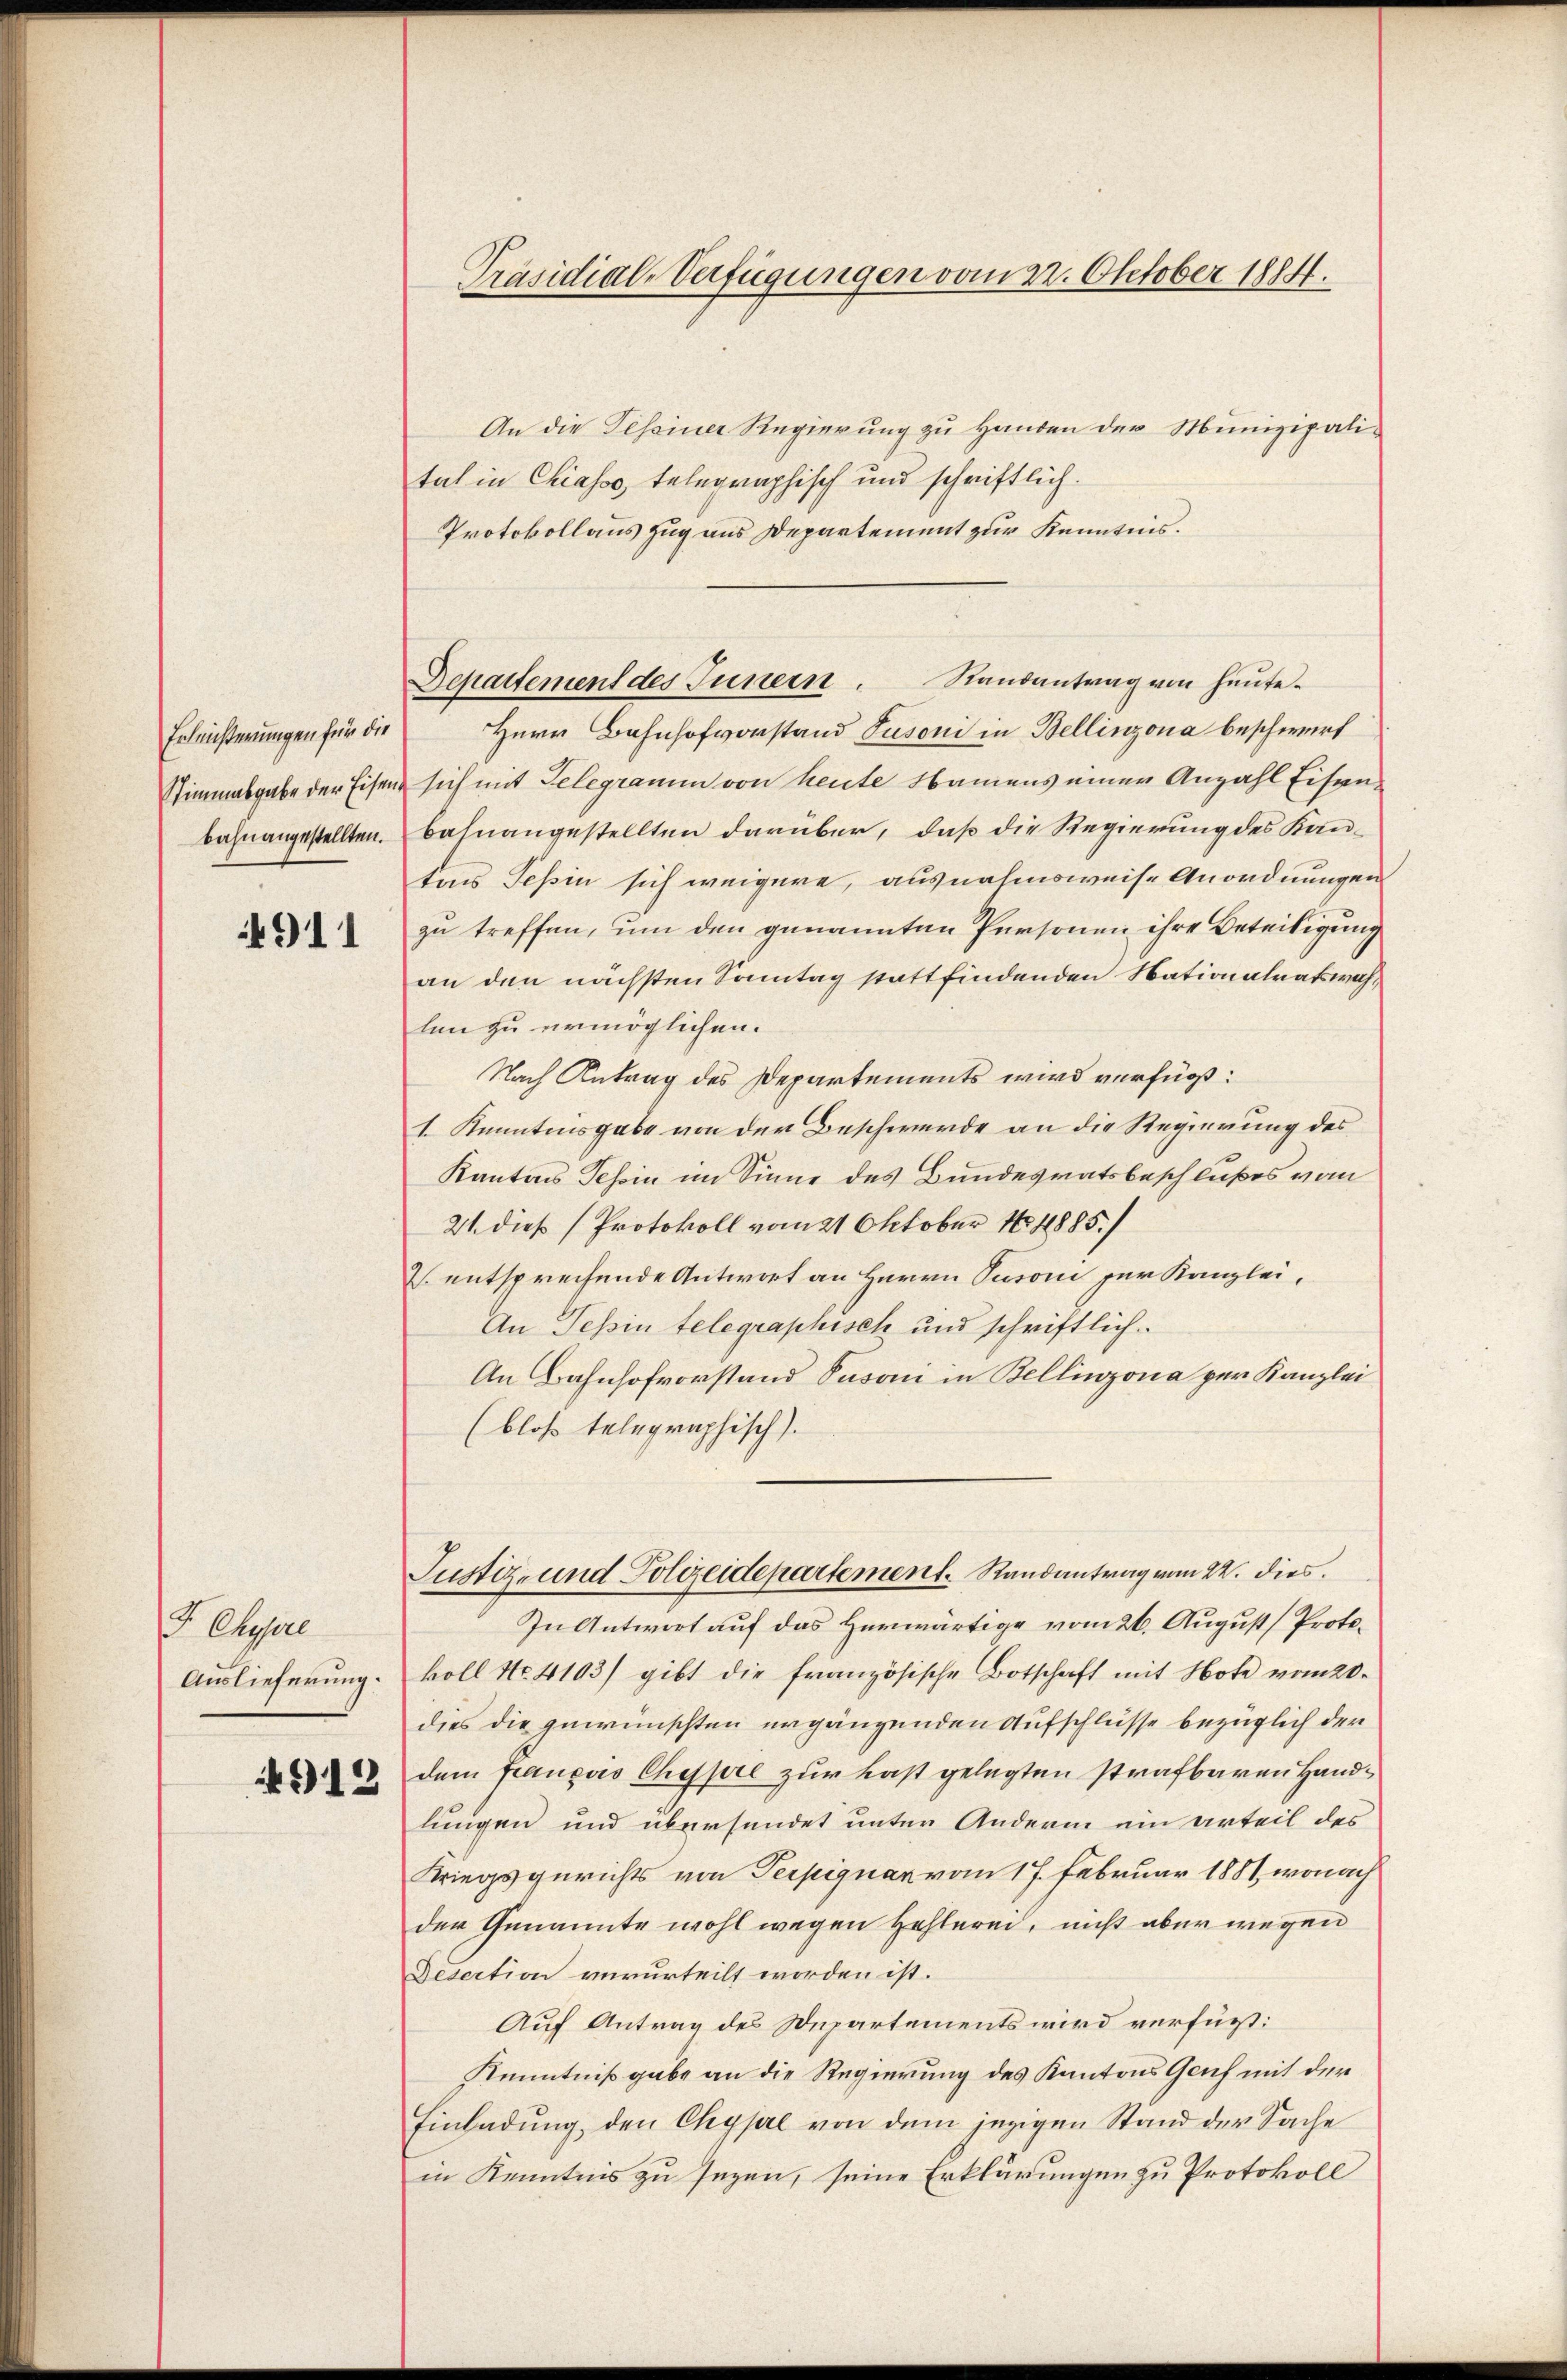
Erleichterungen für die
bahnangestellten.

4911

F Chyre
Auslieferung.

913

An die Tessiner Regierung zu Handen der Munizipalital in Chiasso, telegraphisch und schriftlich.
Protokollaus zug aus Departement zur Kenntnis.
Herr Bahnhofvorstand Jusoni in Bellinzona beschwerf
Stimmabgabe der Eisen sich mit Gelegramm von heute Namens einer Anzahl Eisenbahnangestellten darüber, daß die Regierung des Kantons Tessin sich weigere, ausnahmsweise Anordnungen
zu treffen, um den genannten Personen ihre Beteiligung
an den nächsten Sonntag stattfindenden Nationalratswahlen zu ermöglichen.
Nach Antrag des Departements wird verfügt:
1 Kenntnisgabe von der Beschwerde an die Regierung des
Kantons Tessin im Sinne des Bundesratsbeschlußes vom
21. dieß (Protokoll vom 21 Oktober 1885./
2. entsprechende Antwort an Herrn Pusoni zur Kanzlei,
An Tessin telegraphisch und schriftlich.
An Bahnhofvorstand Susani in Bellinzona per Kanzlei
(bloß telegraphisch).
Justiz- und Polizeidepartement. Randantrag vom 22. dies
In Antwort auf das Herwärtige vom 26. August Protokoll No. 4103) gibt die französische Botschaft mit Note vom 20.
dies die gewünschten ergängenden Aufschlüsse bezüglich der
dem françois Chypre zur Last gelegten strafbaren Handlungen und übersendet unter Anderm ein arteil des
Kriegsgerichts von Terpignan vom 17. Februar 1881, wonach
der Genannte wohl wegen Hehlerei, nicht aber wegen
Desection verurteilt worden ist.
Auf Antrag des Departements wird verfügt:
Kenntnißgabe an die Regierung des Kantons Genf mit der
Einladung, den Chysal von dem jezigen Stand der Sache
in Kenntnis zu sezen, seine Erklärungen zu Protokoll

Präsidial-Verfügungen vom 22. Oktober 1884.

Departement des Innern. Randantrag von heute.